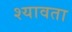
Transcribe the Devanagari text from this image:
श्यावता